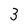
Character: 3